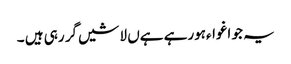
یہ جو اغواءہورہے ہےں لاشیں گر رہی ہیں ۔